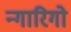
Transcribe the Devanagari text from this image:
न्गारिगो